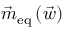
\vec { m } _ { \mathrm { e q } } \left( \vec { w } \right)